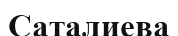
Саталиева